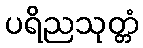
ပရိညသုတ္တံ